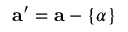
\mathbf { a ^ { \prime } } = \mathbf { a } - \{ \alpha \}